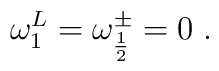
\omega_1^L=\omega^{\pm}_{\frac{1}{2}} =0 \;.